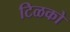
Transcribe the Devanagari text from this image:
टिळको